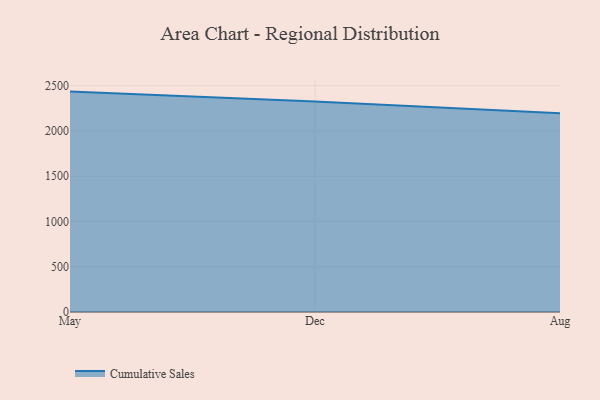
{"axis": {"x": "Month", "y": "Shipments"}, "legend": ["Cumulative Sales"], "data": [{"x": "May", "y": 2435.0, "type": "Cumulative Sales"}, {"x": "Dec", "y": 2325.5, "type": "Cumulative Sales"}, {"x": "Aug", "y": 2194.7, "type": "Cumulative Sales"}]}